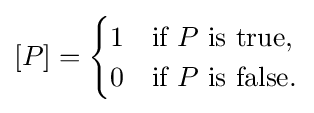
[P]={\begin{cases}1&{\text{if }}P{\text{ is true,}}\\0&{\text{if }}P{\text{ is false.}}\end{cases}}